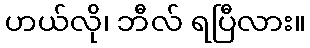
ဟယ်လို၊ ဘီလ် ရပြီလား။